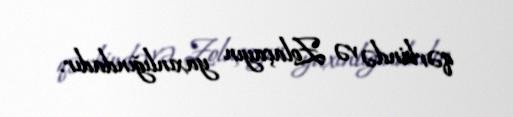
qərbində və Zolaçayın yaxınlığındadır.